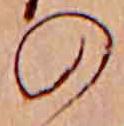
の